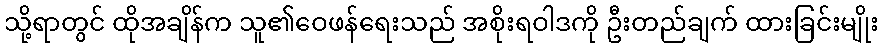
သို့ရာတွင် ထိုအချိန်က သူ၏ဝေဖန်ရေးသည် အစိုးရဝါဒကို ဦးတည်ချက် ထားခြင်းမျိုး